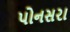
પોનસરા